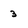
Character: 3